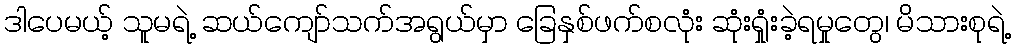
ဒါပေမယ့် သူမရဲ့ ဆယ်ကျော်သက်အရွယ်မှာ ခြေနှစ်ဖက်စလုံး ဆုံးရှုံးခဲ့ရမှုတွေ၊ မိသားစုရဲ့